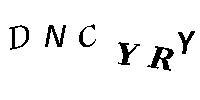
DNCYRY